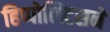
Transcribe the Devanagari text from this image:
हिप्पोलिटसने